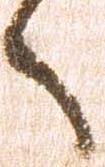
へ